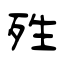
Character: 殅